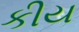
કીય